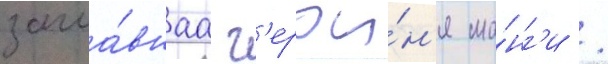
загла́внаа г'ерои́н'я ма́нг'и /